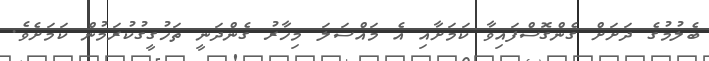
ބެލުމުގެ ދަށަށް ގެންގޮސްފައިވާ ކަމަށާއި އެ މައްސަލަ މިހާރު ގެންދަނީ ތަހުގީގުކުރަމުން ކަމަށެވެ.